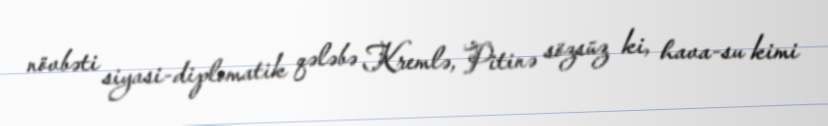
növbəti siyasi-diplomatik qələbə Kremlə, Pitinə sözsüz ki, hava-su kimi